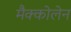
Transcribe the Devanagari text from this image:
मैक्कोलेन